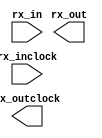
module lvds_rx (
	input	[0:0]  rx_in,
	input	  rx_inclock,
	output	[7:0]  rx_out,
	output	  rx_outclock
);
endmodule

module lvds_tx (
	input	[7:0]  tx_in,
	input	  tx_inclock,
	output	[0:0]  tx_out,
	output	  tx_outclock
);
endmodule